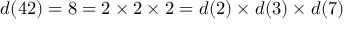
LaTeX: d ( 4 2 ) = 8 = 2 \times 2 \times 2 = d ( 2 ) \times d ( 3 ) \times d ( 7 )